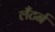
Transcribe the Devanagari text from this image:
लँटर्न